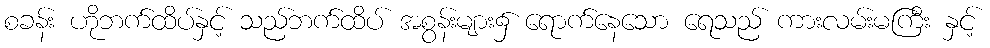
စခန်း ဟိုဘက်ထိပ်နှင့် သည်ဘက်ထိပ် အစွန်းများ၌ ရောက်နေသော ရေသည် ကားလမ်းမကြီး နှင့်